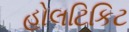
હોલટિકિટ